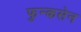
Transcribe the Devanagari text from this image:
फुन्कसेन